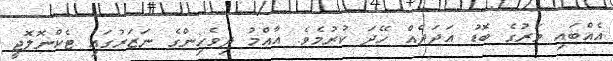
އެއްބައި ވަރުގެ ބޮޑު އަދަދެއް ހޭދަ ކުރުމެވެ. އާއްމު ދިވެހިންގެ ނަޒަރުގައި ޓެކްނޮލޮޖީ